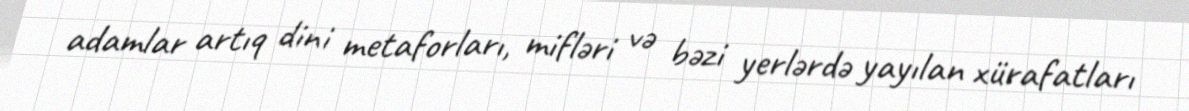
adamlar artıq dini metaforları, mifləri və bəzi yerlərdə yayılan xürafatları